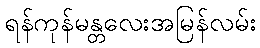
ရန်ကုန်မန္တလေးအမြန်လမ်း